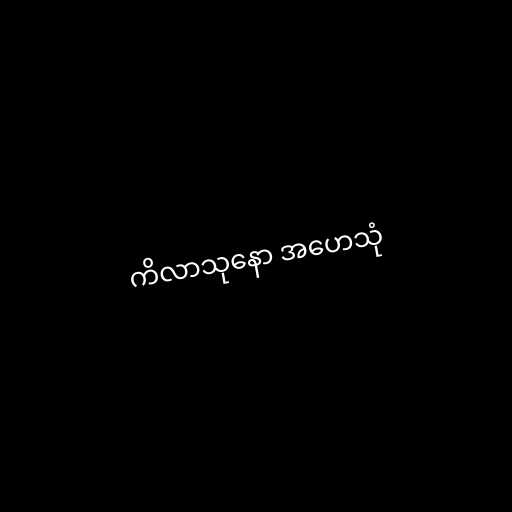
ကိလာသုနော အဟေသုံ